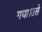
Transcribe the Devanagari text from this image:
गया।उसे